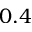
0 . 4